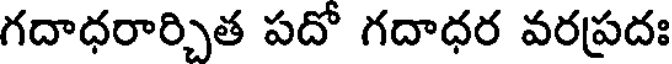
గదాధరార్చిత పదో గదాధర వరప్రదః